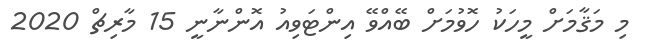
މި މަޤާމަށް މީހަކު ހޮވުމަށް ބޭއްވޭ އިންޓަވިއު އޮންނާނީ 15 މާރިޗް 2020